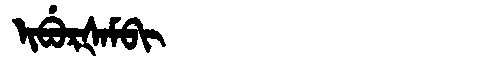
Manchu: ᡳᠪᡠᡵᡧᠠᠮᠪᡳ
Romanization: IBURŠAMBI